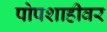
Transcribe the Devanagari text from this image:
पोपशाहीवर